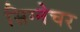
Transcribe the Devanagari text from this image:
सिग्‍नेचर